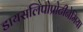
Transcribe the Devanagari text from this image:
डायसलिपोप्रोटीनेमिया